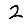
Digit: 2